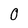
Character: 0